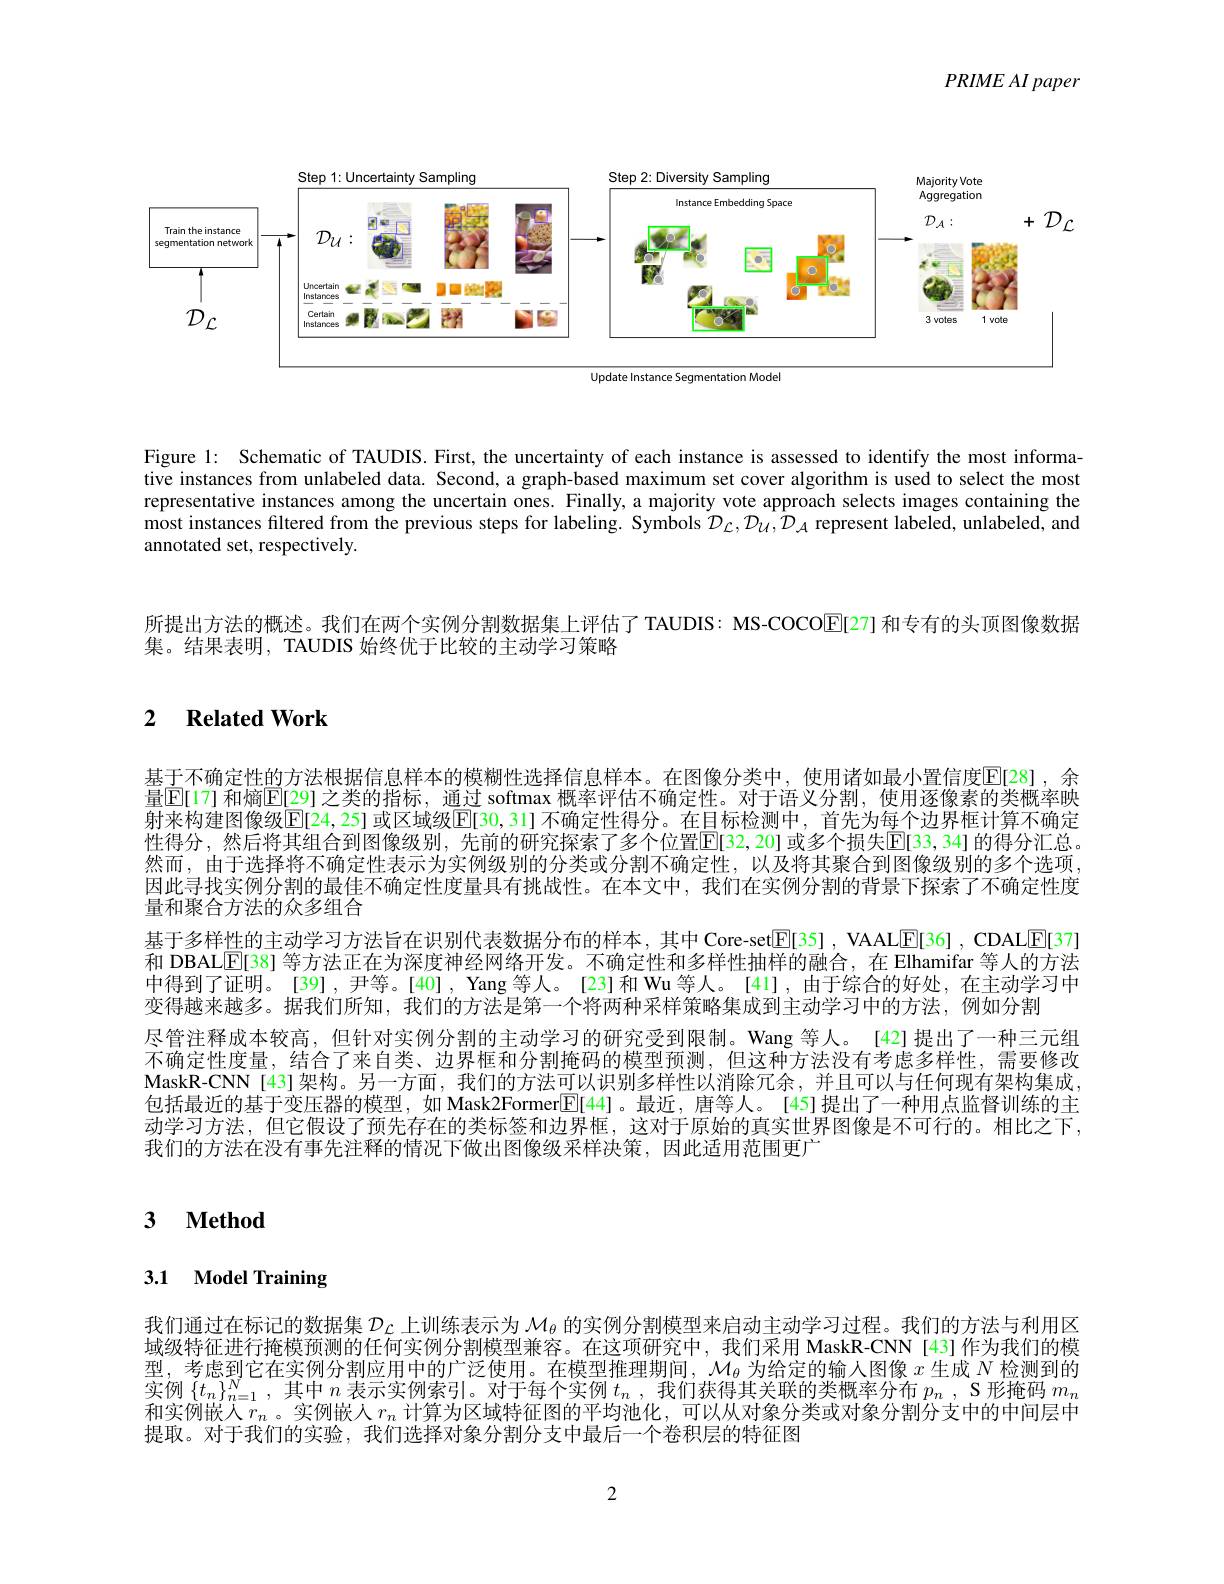
$PRIMEAI\textit{ paper}$

<FigureHere>

Update Instance Segmentation Mode

Figure l: Schematic of TAUDIS. First, the uncertainty of each instance is assessed to identify the most informative instances from unlabeled data. Second, a graph-based maximum set cover algorithm is used to select the most representative instances among the uncertain ones. Finally, a majority vote approach selects images containing the most instances filtered from the previous steps for labeling. Symbols $\mathcal{D}_{\mathcal{L}},\mathcal{D}_{\mathcal{U}},\mathcal{D}_{\mathcal{A}}$ represent labeled, unlabeled, and annotated set, respectively.

所提出方法的概述。我们在两个实例分割数据集上评估了 TAUDIS: MS-COCOE[27] 和专有的头顶图像数据
集。结果表明，TAUDIS 始终优于比较的主动学习策略

# 2 Related Work

基于不确定性的方法根据信息样本的模糊性选择信息样本。在图像分类中，使用诸如最小置信度$\overline{\mathrm{E}}[28]$ ,余量$\overline{\mathbb{E}}[$17]和熵$\mathbb{E}[$29]之类的指标，通过 softmax 概率评估不确定性。对于语义分割，使用逐像素的类概率映射来构建图像级$\overline{\mathrm{E}}[24,25]$ 或区域级$\underline{\mathrm{E}}[30,31]$ 不确定性得分。在目标检测中，首先为每个边界框计算不确定性得分，然后将其组合到图像级别，先前的研究探索了多个位置$\overline{\mathbb{E}}[32,20]$ 或多个损失$\mathbb{E}[33,34]$的得分汇总然而，由于选择将不确定性表示为实例级别的分类或分割不确定性，以及将其聚合到图像级别的多个选项， 因此寻找实例分割的最佳不确定性度量具有挑战性。在本文中，我们在实例分割的背景下探索了不确定性度量和聚合方法的众多组合
基于多样性的主动学习方法旨在识别代表数据分布的样本，其中 Core-set$\underline{\mathrm{E}}[35]$ , VAALE[36] , CDALE[37] 和 DBAL[E[38] 等方法正在为深度神经网络开发。不确定性和多样性抽样的融合，在 Elhamifar 等人的方法中得到了证明。[39],尹等。[40], Yang 等人。[23]和 Wu 等人。[41],由于综合的好处，在主动学习中变得越来越多。据我们所知，我们的方法是第一个将两种采样策略集成到主动学习中的方法，例如分割
尽管注释成本较高，但针对实例分割的主动学习的研究受到限制。Wang 等人。[42] 提出了一种三元组不确定性度量，结合了来自类、边界框和分割掩码的模型预测，但这种方法没有考虑多样性，需要修改MaskR-CNN[43]架构。另一方面，我们的方法可以识别多样性以消除冗余，并且可以与任何现有架构集成， 包括最近的基于变压器的模型，如 Mask2Former$\mathbb{E}[44]$。最近，唐等人。[45]提出了一种用点监督训练的主动学习方法，但它假设了预先存在的类标签和边界框，这对于原始的真实世界图像是不可行的。相比之下， 我们的方法在没有事先注释的情况下做出图像级采样决策，因此适用范围更广

## 3 $\textbf{Method}$

## 3.1 Model Training

我们通过在标记的数据集$\mathcal{D}_{\mathcal{L}}$上训练表示为$\mathcal{M}_{\theta}$的实例分割模型来启动主动学习过程。我们的方法与利用区域级特征进行掩模预测的任何实例分割模型兼容。在这项研究中，我们采用 MaskR-CNN[43]作为我们的模型，考虑到它在实例分割应用中的广泛使用。在模型推理期间，$\mathcal{M}_\theta$为给定的输人图像$x$生成$N$检测到的实例$\{t_n\}_{n=1}^N$,其中$n$表示实例索引。对于每个实例$t_n$,我们获得其关联的类概率分布$p_n$, S 形掩码$m_n$ 和守彻出$\lambda_n=1^N$,实中$n$表示实例索引。对于每个实例$t_n$,我们获得其关联的类概率分布$p_n$, S 形掩码$m_n$ 和实例嵌人$r_n$ 。实例嵌人$r_n$计算为区域特征图的平均池化，可以从对象分类或对象分割分支中的中间层中提取。对于我们的实验，我们选择对象分割分支中最后一个卷积层的特征图

2